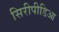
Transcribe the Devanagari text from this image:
सिरीपीडिआ